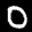
Label: 0